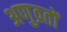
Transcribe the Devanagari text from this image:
अणुव्रतों